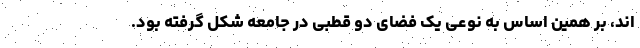
اند، بر همین اساس به نوعی یک فضای دو قطبی در جامعه شکل گرفته بود.